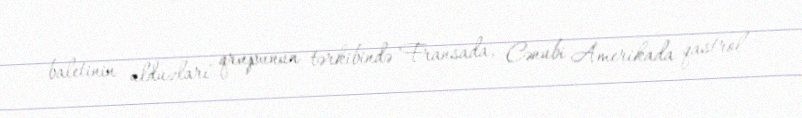
baletinin ulduzları" qrupunun tərkibində Fransada, Cənubi Amerikada qastrol